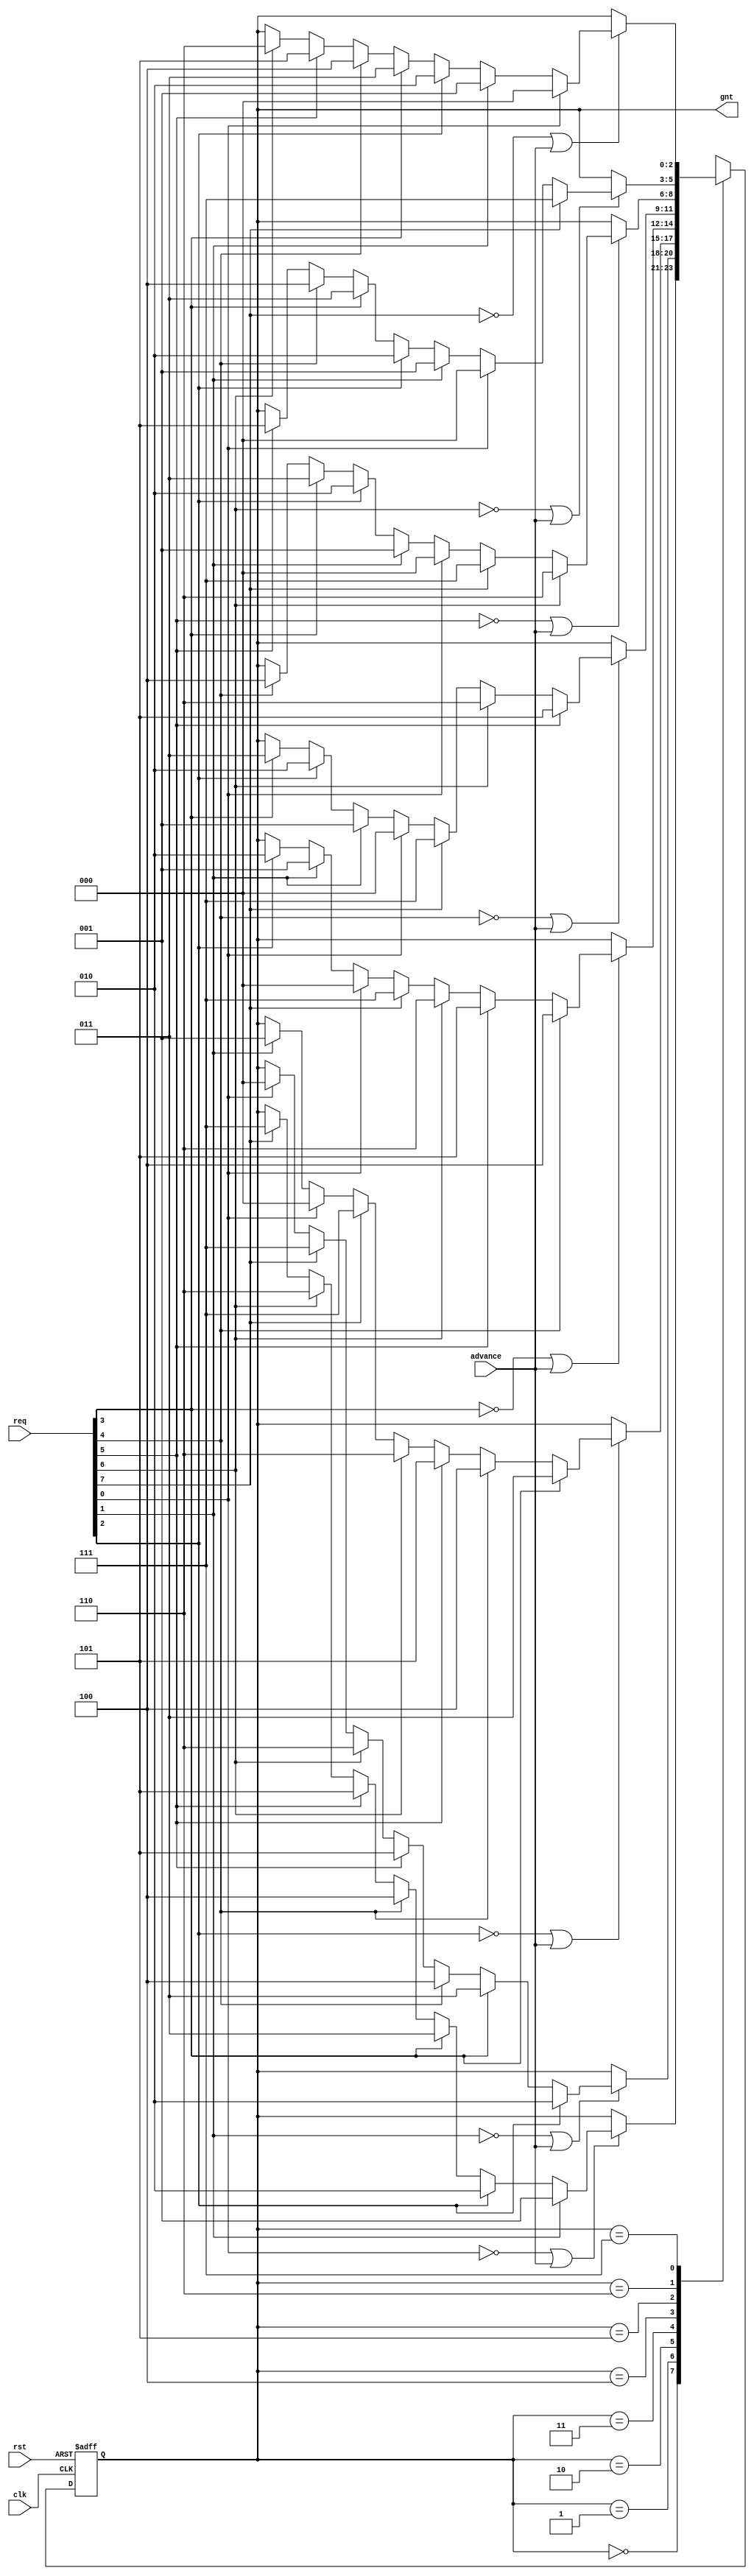
module wb_dma_ch_arb(clk, rst, req, gnt, advance);

input		clk;
input		rst;
input	[7:0]	req;		// Req input
output	[2:0]	gnt; 		// Grant output
input		advance;	// Next Target

///////////////////////////////////////////////////////////////////////
//
// Definitions
//

parameter	[2:0]
		grant0 = 3'h0,
		grant1 = 3'h1,
		grant2 = 3'h2,
		grant3 = 3'h3,
		grant4 = 3'h4,
		grant5 = 3'h5,
		grant6 = 3'h6,
		grant7 = 3'h7;

///////////////////////////////////////////////////////////////////////
//
// Local Registers and Wires
//

reg [2:0]	state, next_state;

///////////////////////////////////////////////////////////////////////
//
//  Misc Logic 
//

assign	gnt = state;

always@(posedge clk or negedge rst)
	if(!rst)	state <= #1 grant0;
	else		state <= #1 next_state;

///////////////////////////////////////////////////////////////////////
//
// Next State Logic
//   - implements round robin arbitration algorithm
//   - switches grant if current req is dropped or next is asserted
//   - parks at last grant
//

always@(state or req or advance)
   begin
	next_state = state;	// Default Keep State
	case(state)		// synopsys parallel_case full_case
 	   grant0:
		// if this req is dropped or next is asserted, check for other req's
		if(!req[0] | advance)
		   begin
			if(req[1])	next_state = grant1;
			else
			if(req[2])	next_state = grant2;
			else
			if(req[3])	next_state = grant3;
			else
			if(req[4])	next_state = grant4;
			else
			if(req[5])	next_state = grant5;
			else
			if(req[6])	next_state = grant6;
			else
			if(req[7])	next_state = grant7;
		   end
 	   grant1:
		// if this req is dropped or next is asserted, check for other req's
		if(!req[1] | advance)
		   begin
			if(req[2])	next_state = grant2;
			else
			if(req[3])	next_state = grant3;
			else
			if(req[4])	next_state = grant4;
			else
			if(req[5])	next_state = grant5;
			else
			if(req[6])	next_state = grant6;
			else
			if(req[7])	next_state = grant7;
			else
			if(req[0])	next_state = grant0;
		   end
 	   grant2:
		// if this req is dropped or next is asserted, check for other req's
		if(!req[2] | advance)
		   begin
			if(req[3])	next_state = grant3;
			else
			if(req[4])	next_state = grant4;
			else
			if(req[5])	next_state = grant5;
			else
			if(req[6])	next_state = grant6;
			else
			if(req[7])	next_state = grant7;
			else
			if(req[0])	next_state = grant0;
			else
			if(req[1])	next_state = grant1;
		   end
 	   grant3:
		// if this req is dropped or next is asserted, check for other req's
		if(!req[3] | advance)
		   begin
			if(req[4])	next_state = grant4;
			else
			if(req[5])	next_state = grant5;
			else
			if(req[6])	next_state = grant6;
			else
			if(req[7])	next_state = grant7;
			else
			if(req[0])	next_state = grant0;
			else
			if(req[1])	next_state = grant1;
			else
			if(req[2])	next_state = grant2;
		   end
 	   grant4:
		// if this req is dropped or next is asserted, check for other req's
		if(!req[4] | advance)
		   begin
			if(req[5])	next_state = grant5;
			else
			if(req[6])	next_state = grant6;
			else
			if(req[7])	next_state = grant7;
			else
			if(req[0])	next_state = grant0;
			else
			if(req[1])	next_state = grant1;
			else
			if(req[2])	next_state = grant2;
			else
			if(req[3])	next_state = grant3;
		   end
 	   grant5:
		// if this req is dropped or next is asserted, check for other req's
		if(!req[5] | advance)
		   begin
			if(req[6])	next_state = grant6;
			else
			if(req[7])	next_state = grant7;
			else
			if(req[0])	next_state = grant0;
			else
			if(req[1])	next_state = grant1;
			else
			if(req[2])	next_state = grant2;
			else
			if(req[3])	next_state = grant3;
			else
			if(req[4])	next_state = grant4;
		   end
 	   grant6:
		// if this req is dropped or next is asserted, check for other req's
		if(!req[6] | advance)
		   begin
			if(req[7])	next_state = grant7;
			else
			if(req[0])	next_state = grant0;
			else
			if(req[1])	next_state = grant1;
			else
			if(req[2])	next_state = grant2;
			else
			if(req[3])	next_state = grant3;
			else
			if(req[4])	next_state = grant4;
			else
			if(req[5])	next_state = grant5;
		   end
 	   grant7:
		// if this req is dropped or next is asserted, check for other req's
		if(!req[7] | advance)
		   begin
			if(req[0])	next_state = grant0;
			else
			if(req[1])	next_state = grant1;
			else
			if(req[2])	next_state = grant2;
			else
			if(req[3])	next_state = grant3;
			else
			if(req[4])	next_state = grant4;
			else
			if(req[5])	next_state = grant5;
			else
			if(req[6])	next_state = grant6;
		   end
	endcase
   end

endmodule